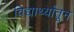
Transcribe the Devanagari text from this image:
विद्यार्थ्यांतून